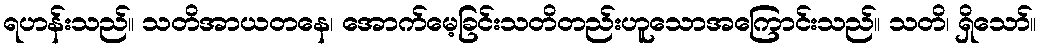
ရဟန်းသည်။ သတိအာယတနေ၊ အောက်မေ့ခြင်းသတိတည်းဟူသောအကြောင်းသည်။ သတိ၊ ရှိသော်။